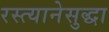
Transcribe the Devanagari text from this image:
रस्त्यानेसुद्धा